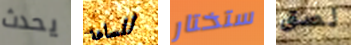
يحدث للساعة ستختار لصق